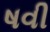
ષવી